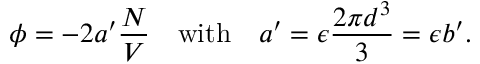
\phi = - 2 a ^ { \prime } { \frac { N } { V } } \quad { \mathrm { w i t h } } \quad a ^ { \prime } = \epsilon { \frac { 2 \pi d ^ { 3 } } { 3 } } = \epsilon b ^ { \prime } .